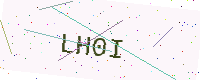
Text: LH0I